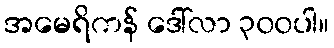
အမေရိကန် ဒေါ်လာ ၃၀၀ပါ။